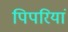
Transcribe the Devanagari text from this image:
पिपरियां